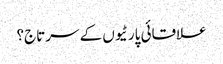
علاقائی پارٹیوں کے سرتاج؟